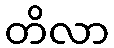
တိလာ